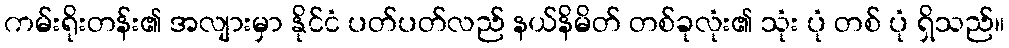
ကမ်းရိုးတန်း၏ အလျားမှာ နိုင်ငံ ပတ်ပတ်လည် နယ်နိမိတ် တစ်ခုလုံး၏ သုံး ပုံ တစ် ပုံ ရှိသည်။